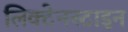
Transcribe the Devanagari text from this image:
लिक्टेनस्टाइन